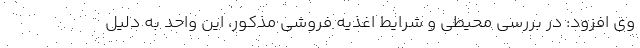
وی افزود: در بررسی محیطی و شرایط اغذیه فروشی مذکور، این واحد به دلیل